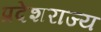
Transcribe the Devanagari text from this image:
प्रदेशराज्य